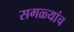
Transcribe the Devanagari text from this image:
सगळ्यांच